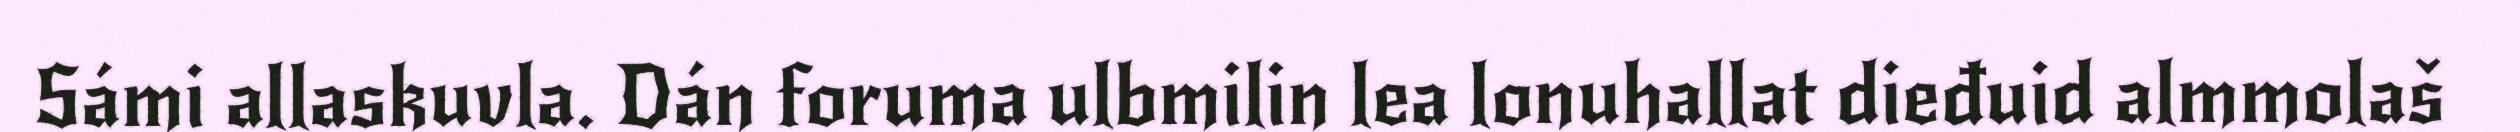
Sámi allaskuvla. Dán foruma ulbmilin lea lonuhallat dieđuid almmolaš